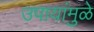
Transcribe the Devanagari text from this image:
उपायांमुळे